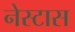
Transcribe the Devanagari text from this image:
नेस्टास